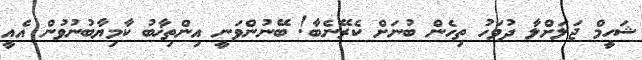
ޝަހީމް ޖަލަށްލާ ދުވަހު ތިހެން ބުނަށް ކެރޭނެބާ! ބޭނުންވަނީ އިންތިޚާބު ކާމިޔާބުނުވުން އެެއީ